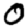
Digit: 0